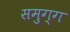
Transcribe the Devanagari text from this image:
समुग्ग